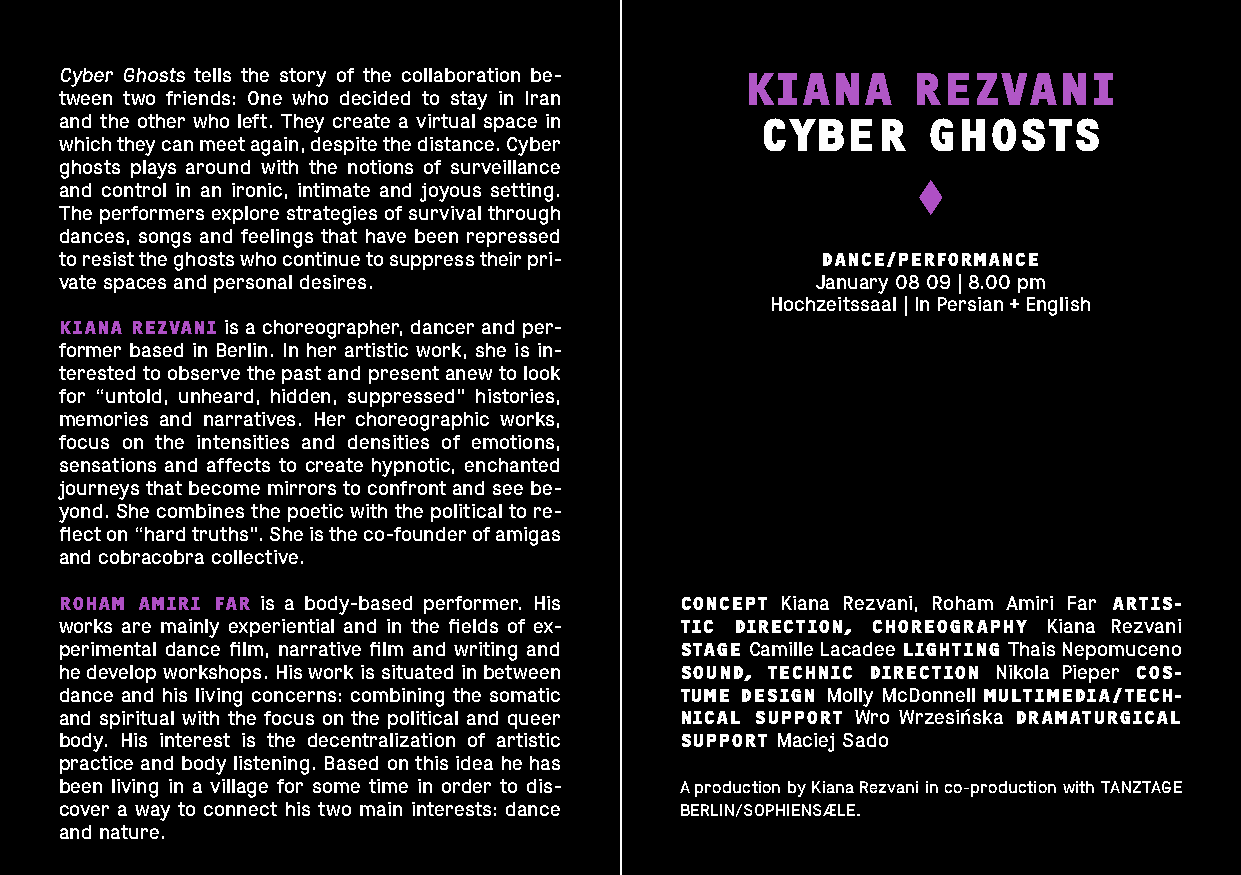
Cyber Ghosts tells the story of the collaboration be- KIANA REZVANI
 tween two friends: One who decided to stay in Iran
 and the other who left. They create a virtual space in CYBER GHOSTS
 which they can meet again, despite the distance. Cyber
 ghosts plays around with the notions of surveillance
 and control in an ironic, intimate and joyous setting.
 The performers explore strategies of survival through
 dances, songs and feelings that have been repressed
 to resist the ghosts who continue to suppress their pri- DANCE/PERFORMANCE
 vate spaces and personal desires.                 January 08 09 | 8.00 pm
 Hochzeitssaal | In Persian + English
 KIANA REZVANI is a choreographer, dancer and per-
 former based in Berlin. In her artistic work, she is in-
 terested to observe the past and present anew to look
 for “untold, unheard, hidden, suppressed” histories,
 memories and narratives. Her choreographic works,
 focus on the intensities and densities of emotions,
 sensations and affects to create hypnotic, enchanted
 journeys that become mirrors to confront and see be-
 yond. She combines the poetic with the political to re-
 flect on “hard truths”. She is the co-founder of amigas
 and cobracobra collective.
 ROHAM AMIRI FAR is a body-based performer. His CONCEPT Kiana Rezvani, Roham Amiri Far ARTIS-
 works are mainly experiential and in the fields of ex- TIC DIRECTION, CHOREOGRAPHY Kiana Rezvani
 perimental dance film, narrative film and writing and STAGE Camille Lacadee LIGHTING Thais Nepomuceno
 he develop workshops. His work is situated in between SOUND, TECHNIC DIRECTION Nikola Pieper COS-
 dance and his living concerns: combining the somatic TUME DESIGN Molly McDonnell MULTIMEDIA/TECH-
 and spiritual with the focus on the political and queer NICAL SUPPORT Wro Wrzesińska DRAMATURGICAL
 body. His interest is the decentralization of artistic SUPPORT Maciej Sado
 practice and body listening. Based on this idea he has
 been living in a village for some time in order to dis- A production by Kiana Rezvani in co-production with TANZTAGE
 cover a way to connect his two main interests: dance BERLIN/SOPHIENSÆLE.
 and nature.